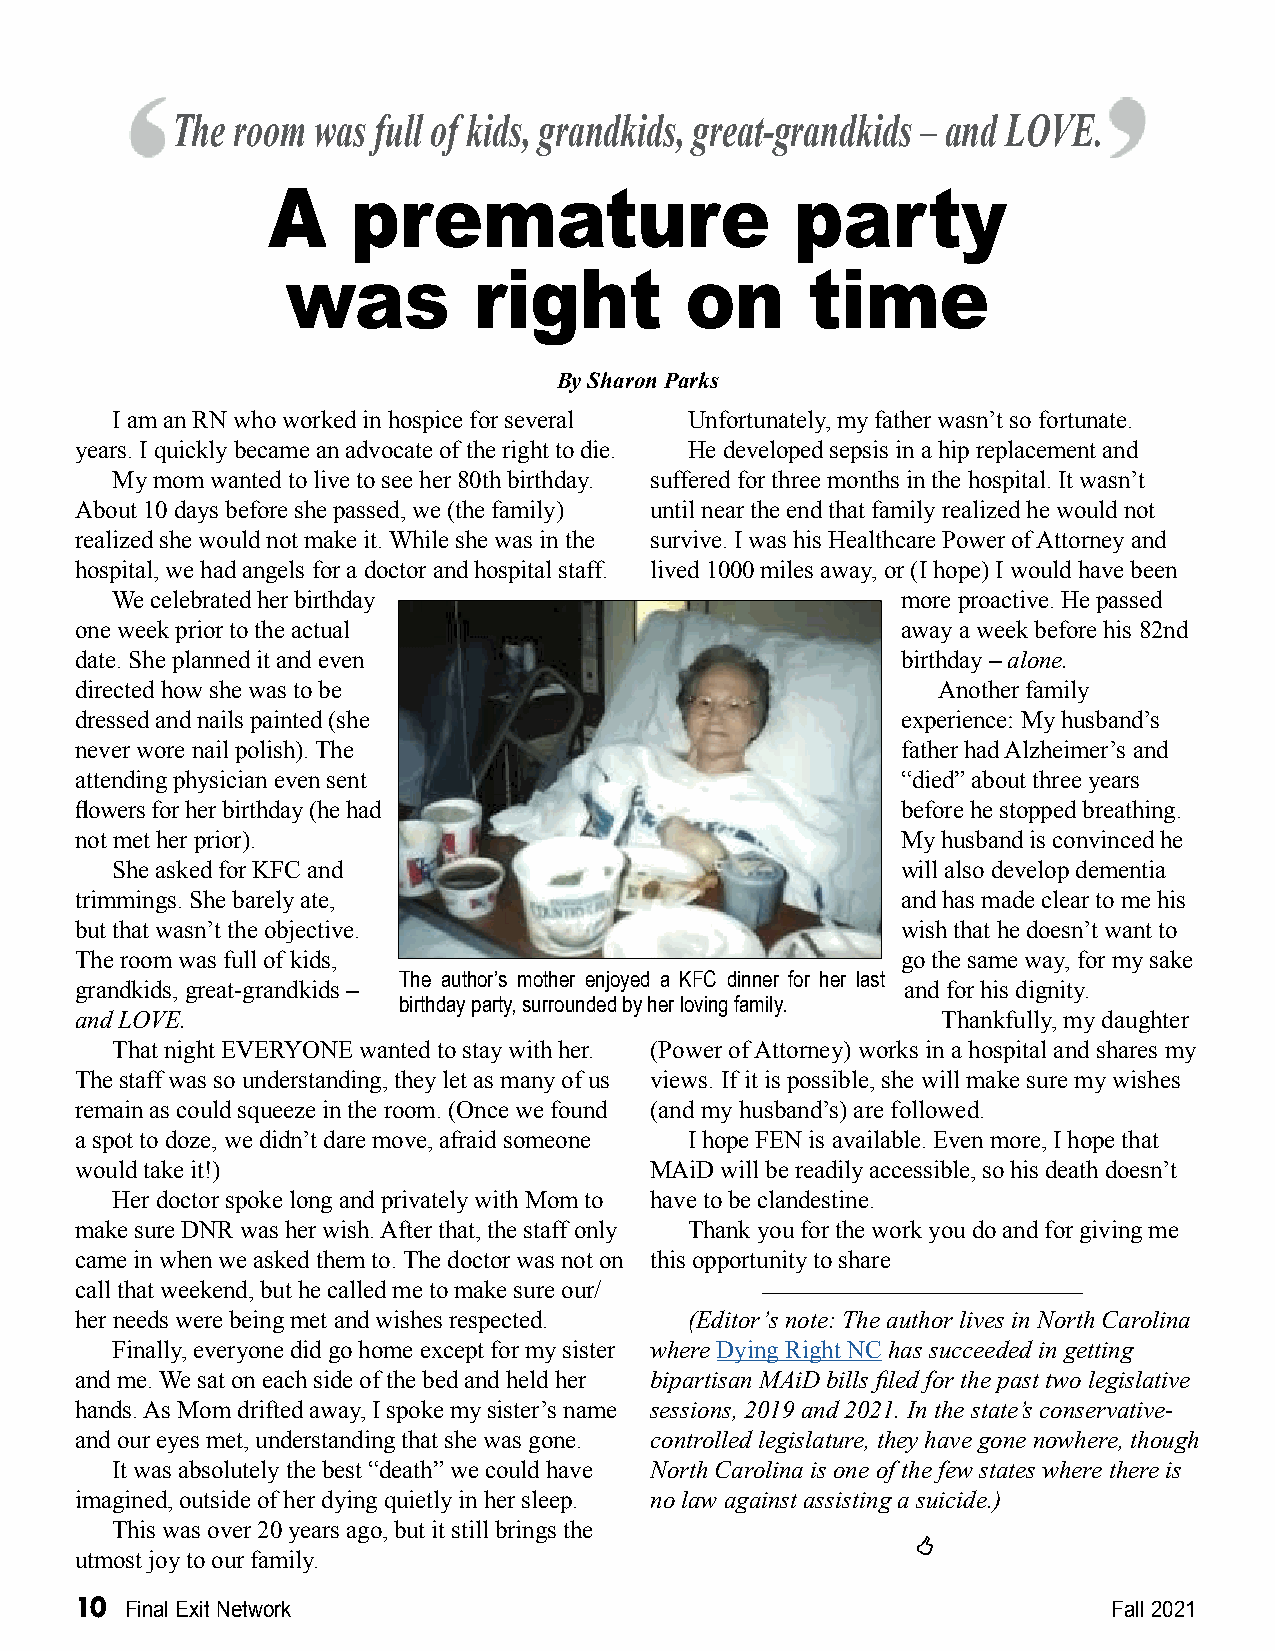
The room  was full of kids, grandkids, great-grandkids – and LOVE.
 A    premature                     party
 was         right         on       time
 By Sharon Parks
 I am an RN who worked in hospice for several Unfortunately, my father wasn’t so fortunate.
 years. I quickly became an advocate of the right to die. He developed sepsis in a hip replacement and
 My mom wanted to live to see her 80th birthday. suffered for three months in the hospital. It wasn’t
 About 10 days before she passed, we (the family) until near the end that family realized he would not
 realized she would not make it. While she was in the survive. I was his Healthcare Power of Attorney and
 hospital, we had angels for a doctor and hospital staff. lived 1000 miles away, or (I hope) I would have been
 We celebrated her birthday                           more proactive. He passed
 one week prior to the actual                           away a week before his 82nd
 date. She planned it and even                          birthday – alone.
 directed how she was to be                               Another family
 dressed and nails painted (she                         experience: My husband’s
 never wore nail polish). The                           father had Alzheimer’s and
 attending physician even sent                          “died” about three years
 flowers for her birthday (he had                       before he stopped breathing.
 not met her prior).                                    My husband is convinced he
 She asked for KFC and                                will also develop dementia
 trimmings. She barely ate,                             and has made clear to me his
 but that wasn’t the objective.                         wish that he doesn’t want to
 The room was full of kids,                             go the same way, for my sake
 The author’s mother enjoyed a KFC dinner for her last
 grandkids, great-grandkids –                           and for his dignity.
 birthday party, surrounded by her loving family.
 and LOVE.                                                Thankfully, my daughter
 That night EVERYONE wanted to stay with her. (Power of Attorney) works in a hospital and shares my
 The staff was so understanding, they let as many of us views. If it is possible, she will make sure my wishes
 remain as could squeeze in the room. (Once we found (and my husband’s) are followed.
 a spot to doze, we didn’t dare move, afraid someone I hope FEN is available. Even more, I hope that
 would take it!)                       MAiD will be readily accessible, so his death doesn’t
 Her doctor spoke long and privately with Mom to have to be clandestine.
 make sure DNR was her wish. After that, the staff only Thank you for the work you do and for giving me
 came in when we asked them to. The doctor was not on this opportunity to share
 call that weekend, but he called me to make sure our/
 her needs were being met and wishes respected. (Editor’s note: The author lives in North Carolina
 Finally, everyone did go home except for my sister where Dying Right NC has succeeded in getting
 and me. We sat on each side of the bed and held her bipartisan MAiD bills filed for the past two legislative
 hands. As Mom drifted away, I spoke my sister’s name sessions, 2019 and 2021. In the state’s conservative-
 and our eyes met, understanding that she was gone. controlled legislature, they have gone nowhere, though
 It was absolutely the best “death” we could have North Carolina is one of the few states where there is
 imagined, outside of her dying quietly in her sleep. no law against assisting a suicide.)
 This was over 20 years ago, but it still brings the
 
 utmost joy to our family.
 10 Final Exit Network                                                Fall 2021